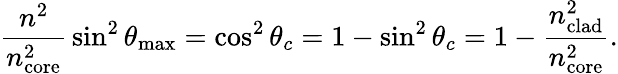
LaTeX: {\frac{n^{2}}{n_{\mathrm{core}}^{2}}}\sin^{2}\theta_{\mathrm{max}}=\cos^{2}\theta_{c}=1-\sin^{2}\theta_{c}=1-{\frac{n_{\mathrm{clad}}^{2}}{n_{\mathrm{core}}^{2}}}.